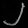
Digit: ၂